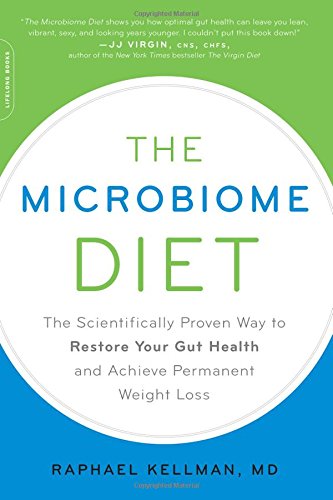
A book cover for The Microbiome Diet: The Scientifically Proven Way to Restore Your Gut Health and Achieve Permanent Weight Loss; Raphael Kellman MD; Health, Fitness & Dieting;